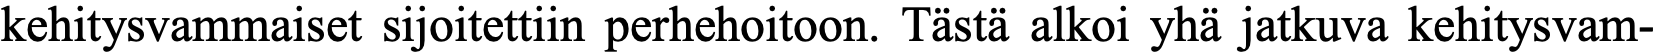
kehitysvammaiset sijoitettiin perhehoitoon. Tästä alkoi yhä jatkuva kehitysvam-